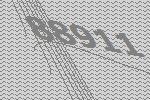
88911